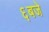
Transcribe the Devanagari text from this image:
६बजे